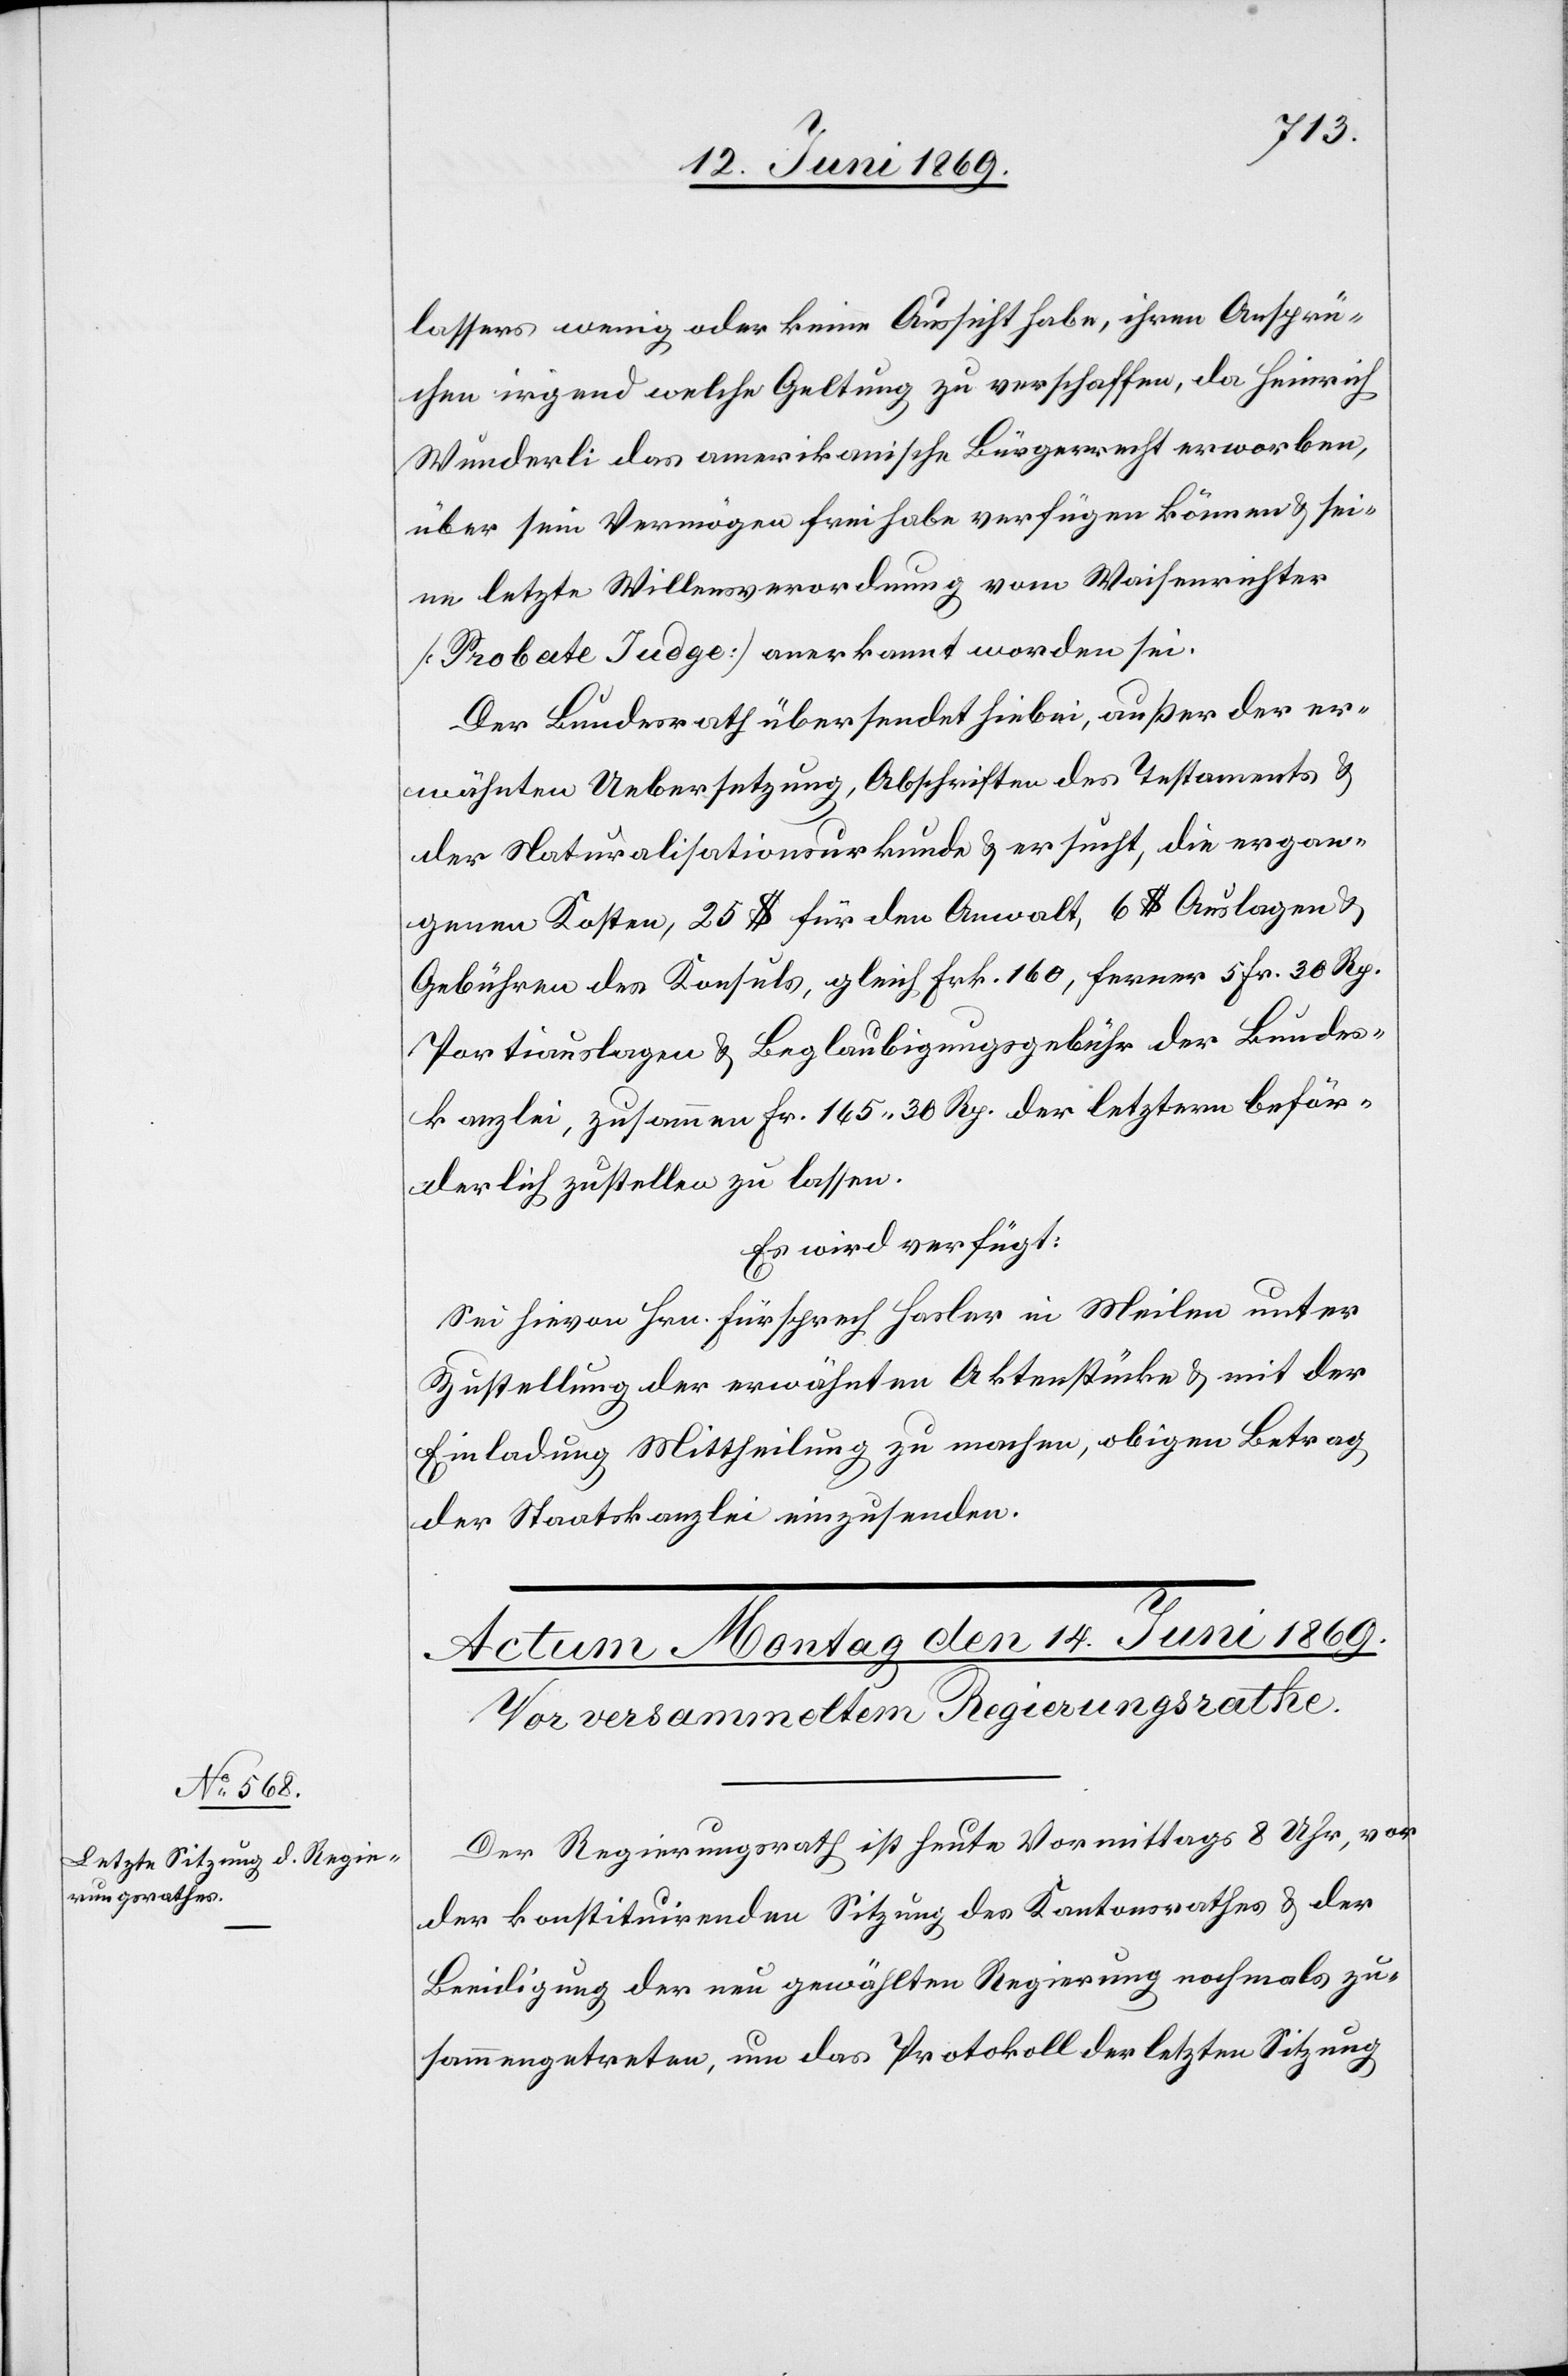
lassers wenig oder keine Aussicht habe, ihren Ansprü¬
chen irgend welche Geltung zu verschaffen, da Heinrich
Wunderli das amerikanische Bürgerrecht erworben,
über sein Vermögen frei habe verfügen können u. sei¬
ne letzte Willensverordnung vom Waisenrichter
[Probate Judge] anerkannt worden sei.
Der Bundesrath übersendet hiebei, außer der er¬
wähnten Uebersetzung, Abschriften des Testamtens u.
der Naturalisationsurkunde u. ersucht, die ergan¬
genen Kosten, 25 $ für den Anwalt, 6 $ Auslagen u.
Gebühren des Konsuls, gleich Frk. 160, ferner 5 Fr. 30 Rp.
Portiauslagen u. Beglaubigungsgebühr der Bundes¬
kanzlei, zusammen Fr. 165.30 Rp. der letztern beför¬
derlich zustellen zu lassen.
Es wird verfügt:
Sei hievon Hrn. Fürsprech Hasler in Meilen unter
Zustellung des erwähnten Aktenstückes u. mit der
Einladung Mittheilung zu machen, obigen Betrag
der Staatskanzlei einzusenden.
Der Regierungsrath ist heute Vormittags 8 Uhr, vor
der konstituirenden Sitzung des Kantonsrathes u. der
Beeidigung der neu gewählten Regierung nochmals zu¬
sammengetreten, um das Protokoll der letzten Sitzung